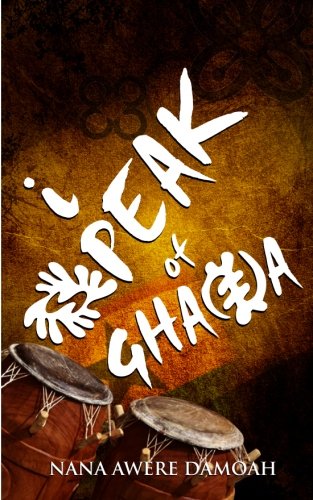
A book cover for I Speak of Ghana; Nana Awere Damoah; Travel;